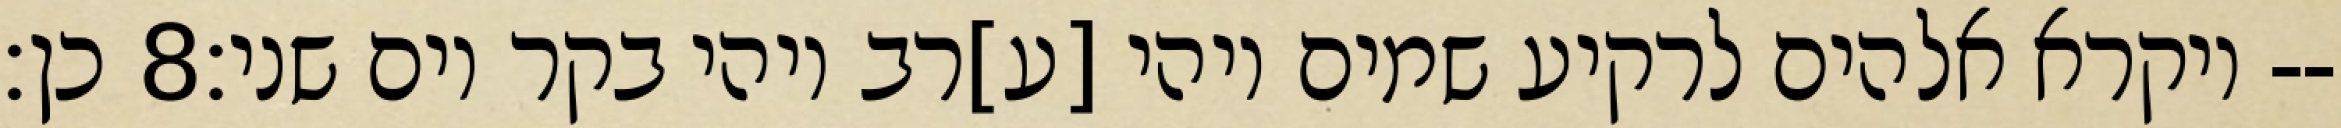
כן׃ ‎8‏ ויקרא אלהים לרקיע שמים ויהי [ע]רב ויהי בקר יום שני׃--